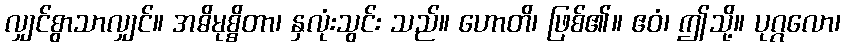
လျှင်စွာသာလျှင်။ အဓိမုစ္စိတာ၊ နှလုံးသွင်း သည်။ ဟောတိ၊ ဖြစ်၏။ ဧဝံ၊ ဤသို့။ ပုဂ္ဂလော၊